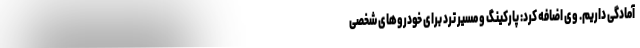
آمادگی داریم. وی اضافه کرد: پارکینگ و مسیر ترد برای خودروهای شخصی